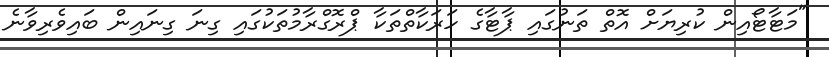
"މަޓާޓޯއިން ކުރިޔަށް އޮތް ތަނުގައި ޕާޓާގެ ހަރަކާތްތަކާ ޕްރޮގްރާމުތަކުގައި ގިނަ ގިނައިން ބައިވެރިވާނެ